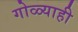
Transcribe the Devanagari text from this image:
गोळ्याही